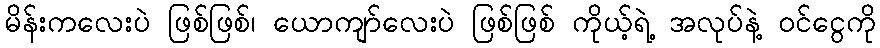
မိန်းကလေးပဲ ဖြစ်ဖြစ်၊ ယောကျာ်လေးပဲ ဖြစ်ဖြစ် ကိုယ့်ရဲ့ အလုပ်နဲ့ ဝင်ငွေကို